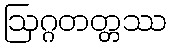
ဩဂ္ဂတတ္တဿ